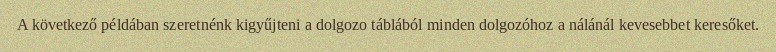
A következő példában szeretnénk kigyűjteni a dolgozo táblából minden dolgozóhoz a nálánál kevesebbet keresőket.